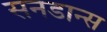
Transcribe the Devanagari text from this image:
सनडान्स